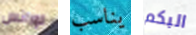
لورانس يناسب البكم